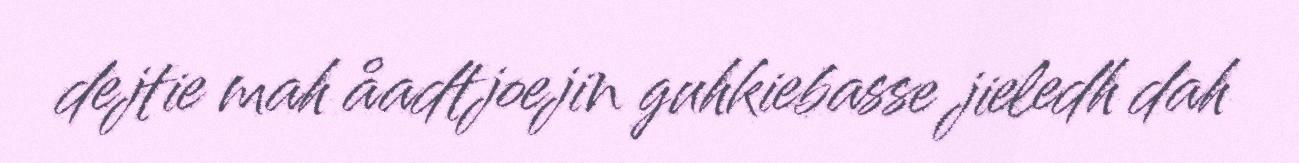
dejtie mah åadtjoejin guhkiebasse jieledh dah